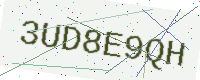
Text: 3UD8E9QH